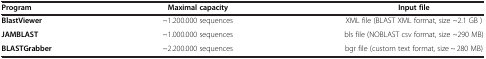
<table><thead><tr><td><b>Program</b></td><td><b>Maximal capacity</b></td><td><b>Input file</b></td></tr></thead><tbody><tr><td><b>BlastViewer</b></td><td>~1.200.000 sequences</td><td>XML file (BLAST XML format, size ~2.1 GB )</td></tr><tr><td><b>JAMBLAST</b></td><td>~1.000.000 sequences</td><td>bls file (NOBLAST csv format, size ~290 MB)</td></tr><tr><td><b>BLASTGrabber</b></td><td>~2.200.000 sequences</td><td>bgr file (custom text format, size ~ 280 MB)</td></tr></tbody></table>